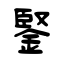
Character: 鋻